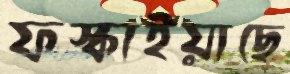
ফস্‌কাইয়াছে